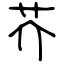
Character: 芥